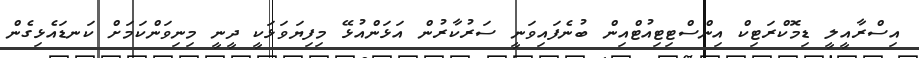
އިސްރާއީލީ ޑިމޮކްރަޓިކް އިންސްޓިޓިއުޓްއިން ބުނެފައިވަނީ ސަރުކާރުން އަޅަންއުޅޭ މިފިޔަވަޅަކީ ދީނީ މިނިވަންކަމަށް ކަނޑައެޅިގެން